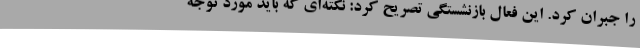
را جبران کرد. این فعال بازنشستگی تصریح کرد: نکته‌ای که باید مورد توجه